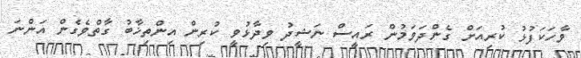
ވާހަކަފުޅު ކުރިއަށް ގެންދަވަމުން ރައީސް ނަޝީދު ވިދާޅުވީ ކުރިން އިންތިޚާބު ގާތްވެގެން އަންނަ